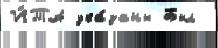
И́ТА ука́заны Был